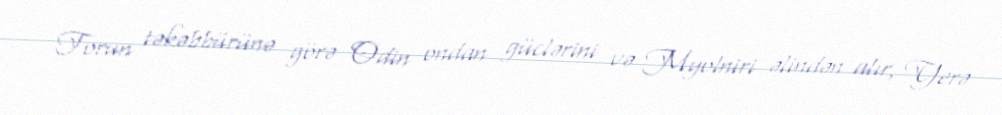
Torun təkəbbürünə görə Odin ondan güclərini və Myolniri əlindən alır, Yerə